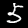
Label: 5